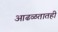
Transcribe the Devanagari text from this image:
आढळतातही